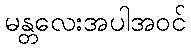
မန္တလေးအပါအဝင်